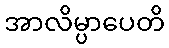
အာလိမ္ပာပေတိ